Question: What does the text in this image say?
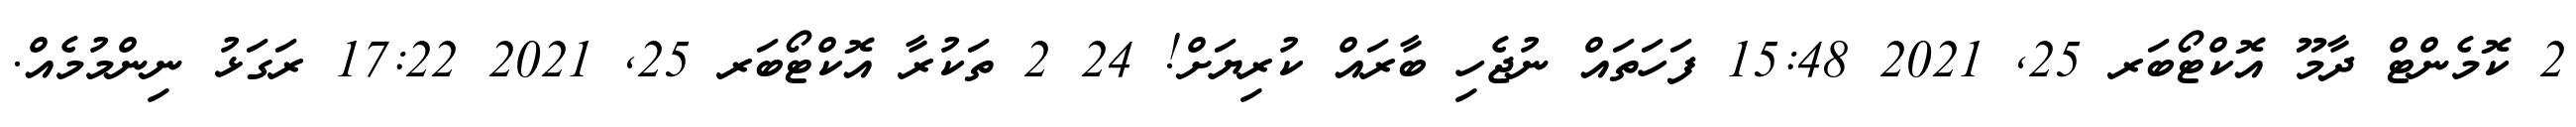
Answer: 2 ކޮމެންޓް ދާމޫ އޮކްޓޯބަރ 25, 2021 15:48 ފަހަތައް ނުޖެހި ބާރައް ކުރިޔަށް! 24 2 ތަކުރާ އޮކްޓޯބަރ 25, 2021 17:22 ރަގަޅު ނިންމުމެއް.